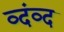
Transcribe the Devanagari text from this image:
व्दंव्द